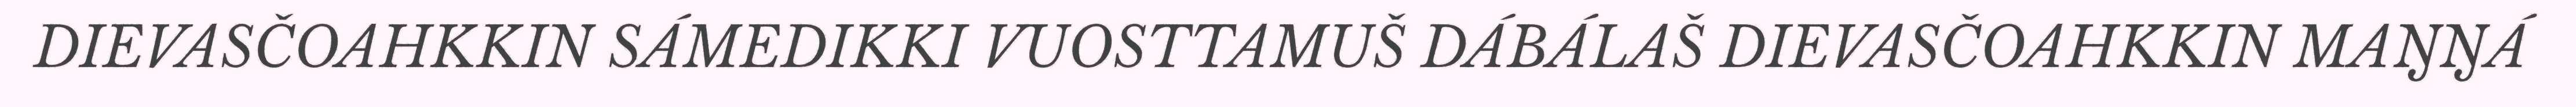
DIEVASČOAHKKIN SÁMEDIKKI VUOSTTAMUŠ DÁBÁLAŠ DIEVASČOAHKKIN MAŊŊÁ